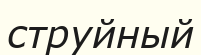
струйный